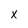
Character: x